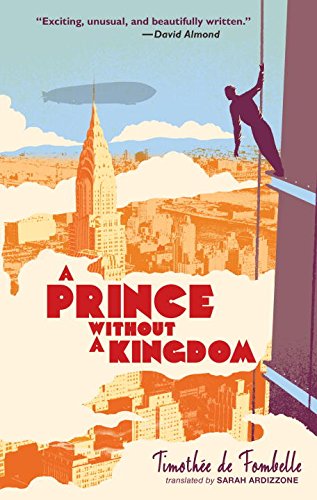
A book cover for A Prince Without a Kingdom: Vango Book Two; Timothee de Fombelle; Teen & Young Adult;